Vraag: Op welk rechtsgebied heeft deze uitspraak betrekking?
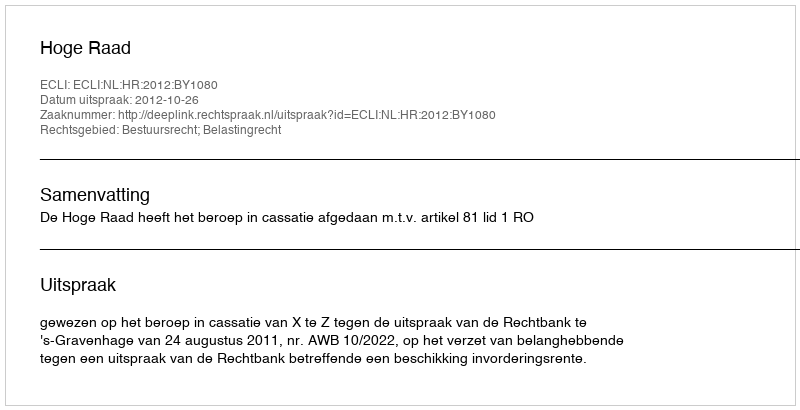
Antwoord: Bestuursrecht; Belastingrecht